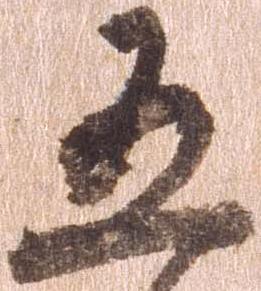
五